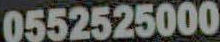
0552525000